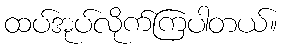
ထပ်အုပ်လိုက်ကြပါတယ်။